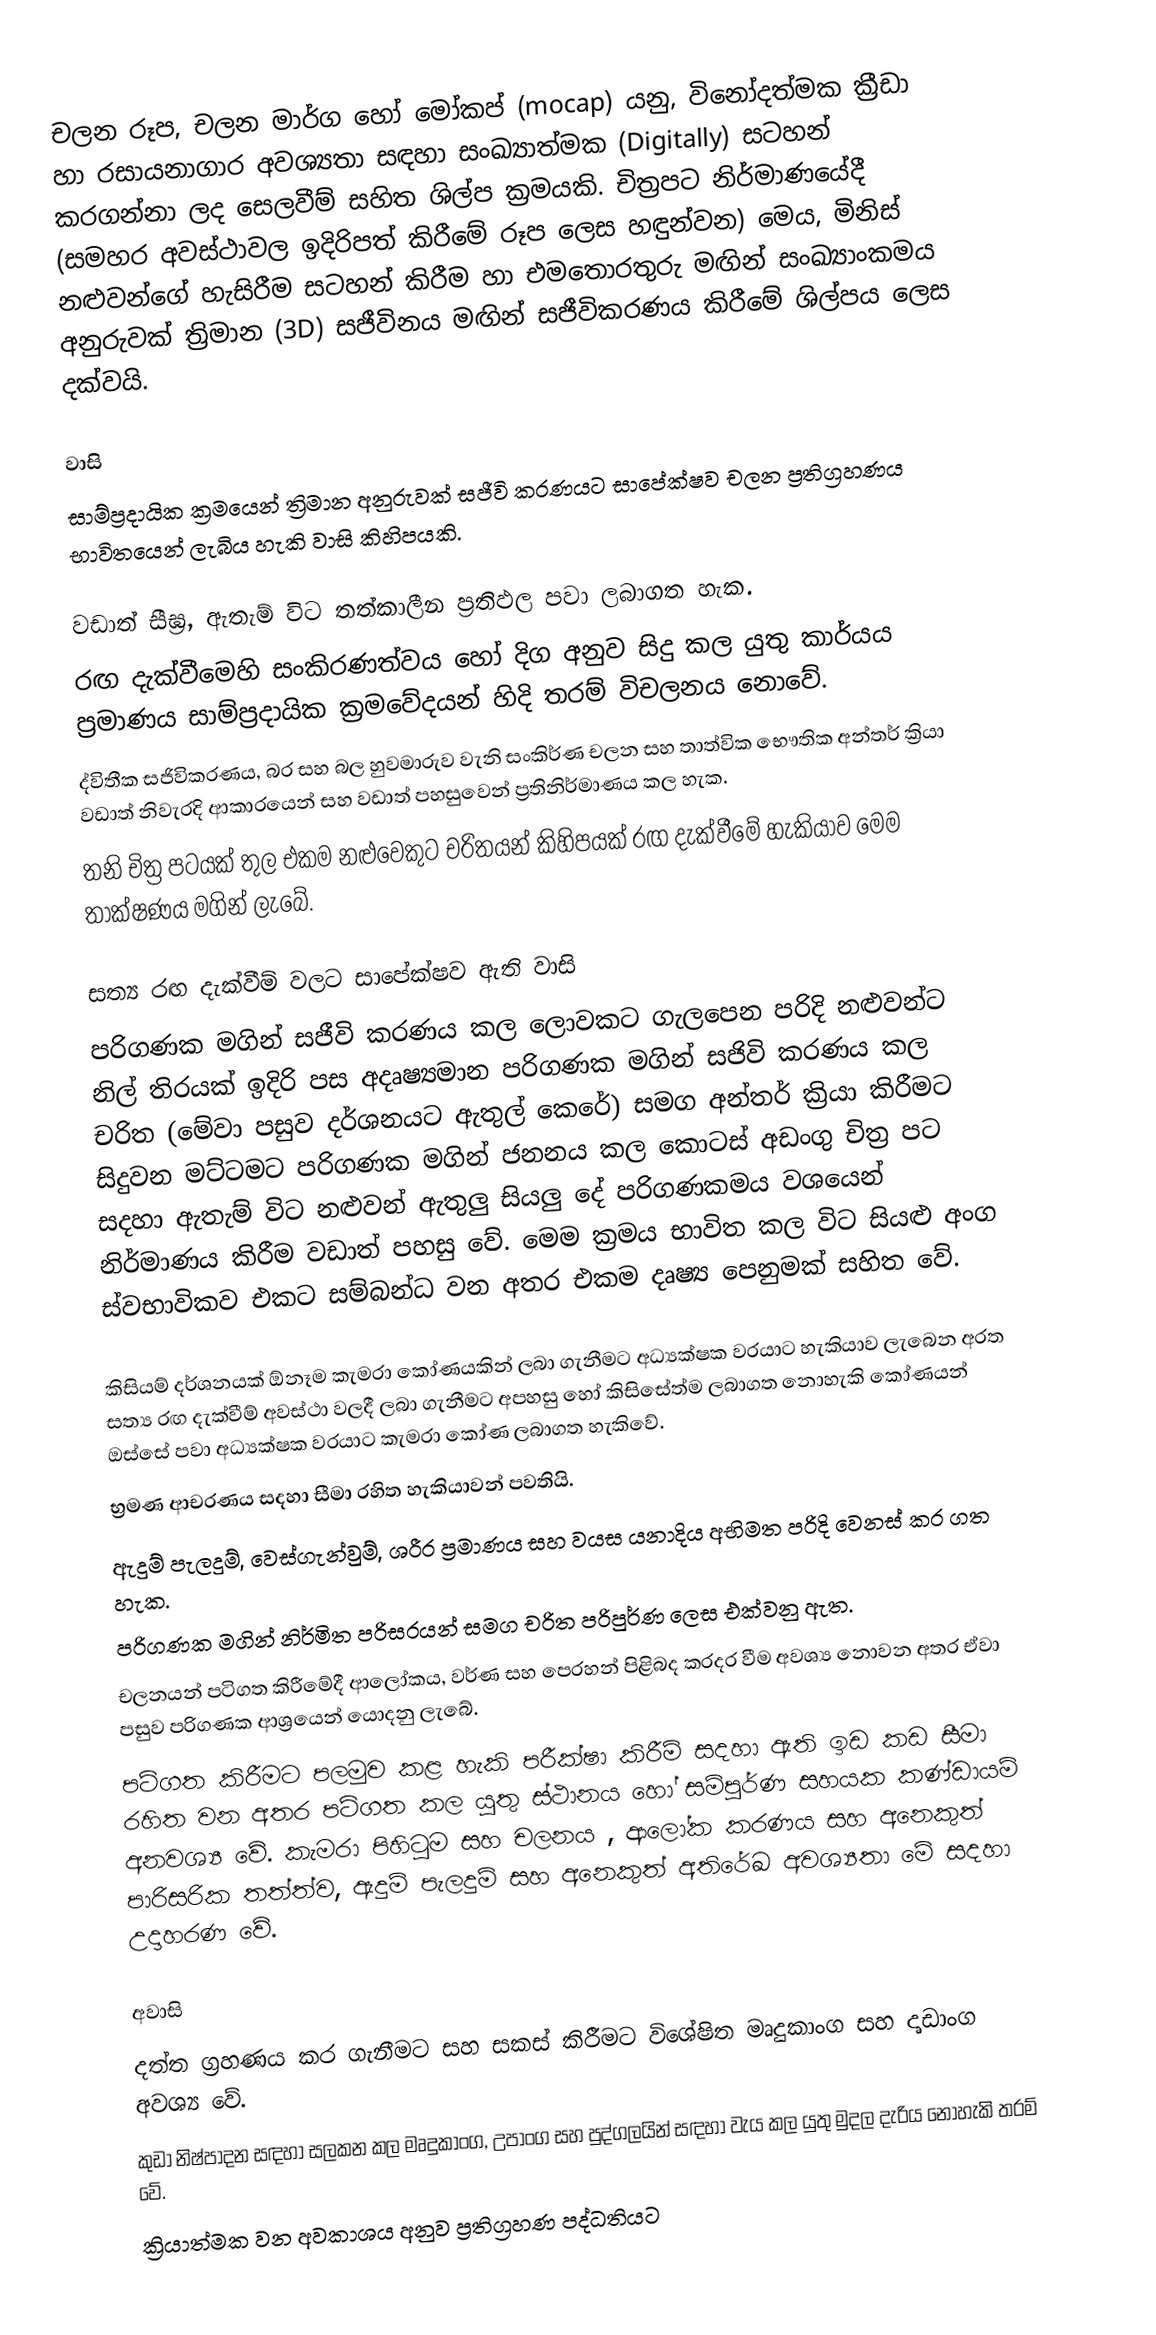
චලන රූප, චලන මාර්ග‍ හෝ මෝකප් (mocap) යනු, විනෝදත්මක ක්‍රීඩා හා රසායනාගාර අවශ්‍යතා සඳහා සංඛ්‍යාත්මක (Digitally) සටහන් කරගන්නා ලද සෙලවීම් සහිත ශිල්ප ක්‍රමයකි. චිත්‍රපට නිර්මාණයේදී (සමහර අවස්ථාවල ඉදිරිපත් කිරීමේ රූප ලෙස හඳුන්වන) මෙය, මිනිස් නළුවන්ගේ හැසිරීම සටහන් කිරීම හා එම‍තොරතුරු මඟින් සංඛ්‍යාංකමය අනුරුවක් ත්‍රිමාන (3D) සජීවිනය මඟින් සජීවිකරණය කිරීමේ ශිල්පය ලෙස දක්වයි.

වාසි
සාම්ප්‍රදායික ක්‍රමයෙන් ත්‍රිමාන අනුරුවක් සජීවි කරණයට සාපේක්ෂව චලන ප්‍රතිග්‍රහණය භාවිතයෙන් ලැබිය හැකි වාසි කිහිපයකි.

 වඩාත් සීඝ්‍ර, ඇතැම් විට තත්කාලීන ප්‍රතිඵල පවා ලබාගත හැක.
 රඟ දැක්වීමෙහි සංකිරණත්වය හෝ දිග අනුව සිදු කල යුතු කාර්යය ප්‍රමාණය සාම්ප්‍රදායික ක්‍රමවේදයන් හිදි තරම් විචලනය නොවේ.
 ද්විතීක සජිවිකරණය, බර සහ බල හුවමාරුව වැනි සංකිර්ණ චලන සහ තාත්වික භෞතික අන්තර් ක්‍රියා වඩාත් නිව‍ැරදි ආකාරයෙන් සහ වඩාත් පහසුවෙන් ප්‍රතිනිර්මාණය කල හැක.
 තනි චිත්‍ර පටයක් තුල එකම නළුවෙකුට චරිතයන් කිහිපයක් රඟ දැක්වීමේ හැකියාව මෙම තාක්ෂණය මගින් ලැබේ.

සත්‍ය රඟ දැක්වීම් වලට සාපේක්ෂව ඇති වාසි
පරිගණක මගින් සජීවි කරණය කල ලොවකට ගැලපෙන පරිදි නළුවන්ට නිල් තිරයක් ඉදිරි පස අදෘෂ්‍යමාන පරිගණක මගින් සජිවි කරණය කල චරිත (මේවා පසුව දර්ශනයට ඇතුල් කෙ‍රේ) සමග අන්තර් ක්‍රියා කිරීමට සිදුවන මට්ටමට පරිගණක මගින් ජනනය කල කොටස් අඩංගු චිත්‍ර පට  සදහා ඇතැම් විට නළුවන් ඇතුලු සියලු දේ පරිගණකමය වශයෙන් නිර්මාණය කිරීම වඩාත් පහසු වේ. මෙම ක්‍රමය භාවිත කල විට සියළු අංග ස්වභාවිකව එකට සම්බන්ධ වන අතර එකම දෘෂ්‍ය පෙනුමක් සහිත වේ.

 කිසියම් දර්ශනයක් ඕනෑම කැමරා කෝණයකින් ලබා ගැනීමට අධ්‍යක්ෂක වරයාට හැකියාව ලැබෙන අරත සත්‍ය රඟ දැක්වීම් අවස්ථා වලදී ලබා ගැනීමට අපහසු හෝ කිසිසේත්ම ලබාගත නොහැකි කෝණයන් ඔස්සේ පවා අධ්‍යක්ෂක වරයාට කැමරා කෝණ ලබාගත හැකිවේ.
 භ්‍රමණ ආචරණය සදහා සීමා රහිත හැකියාවන් පවතියි.
 ඇදුම් පැලදුම්, වෙස්ගැන්වුම්, ශරීර ප්‍රමාණය සහ වයස යනාදිය අභිමත පරිදි වෙනස් කර ගත හැක.
 පරිගණක මගින් නිර්මිත පරිසරයන් සමග චරිත පරිපුර්ණ ලෙස එක්වනු ඇත.
 චලනයන් පටිගත කිරීමේදී ආලෝකය, වර්ණ සහ පෙරහන් පිළිබද කරදර වීම අවශ්‍ය නොවන අතර ඒවා පසුව පරිගණක ආශ්‍රයෙන් යොදනු ලැබේ.
 පටිගත කිරීමට පලමුව කළ හැකි පරීක්ෂා කිරීම් සදහා ඇති ඉඩ කඩ සීමා රහිත වන අතර පටිගත කල යුතු ස්ථානය හෝ සම්පුර්ණ සහයක කණ්ඩායම් අනවශ්‍ය වේ. කැමරා පිහිටුම සහ චලනය , ආලෝක කරණය සහ අනෙකුත් පාරිසරික තත්ත්ව, ඇදුම් පැලදුම් සහ අනෙකුත් අතිරේඛ අවශ්‍යතා මේ සදහා උදාහරණ වේ.

අවාසි
 දත්ත ග්‍රහණය කර ගැනීමට සහ සකස් කිරීමට විශේෂිත මෘදුකාංග සහ දෘඩාංග අවශ්‍ය ‍වේ.
 කුඩා නිෂ්පාදන සඳහා සලකන කල මෘදුකාංග, උපාංග සහ පුද්ගලයින් සඳහා වැය කල යුතු මුදල දැරිය නොහැකි තරම් වේ.
 ක්‍රියාත්මක වන අවකාශය අනුව ප්‍රතිග්‍රහණ පද්ධතියට